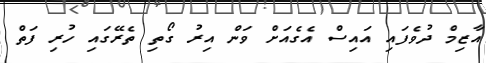
އާޒިމް ދުވެފައި އައިސް އެގެއަށް ވަން އިރު ގޯތި ތެރޭގައި ހުރި ފަތް